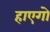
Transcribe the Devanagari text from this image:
हाएगो